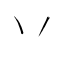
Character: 丷